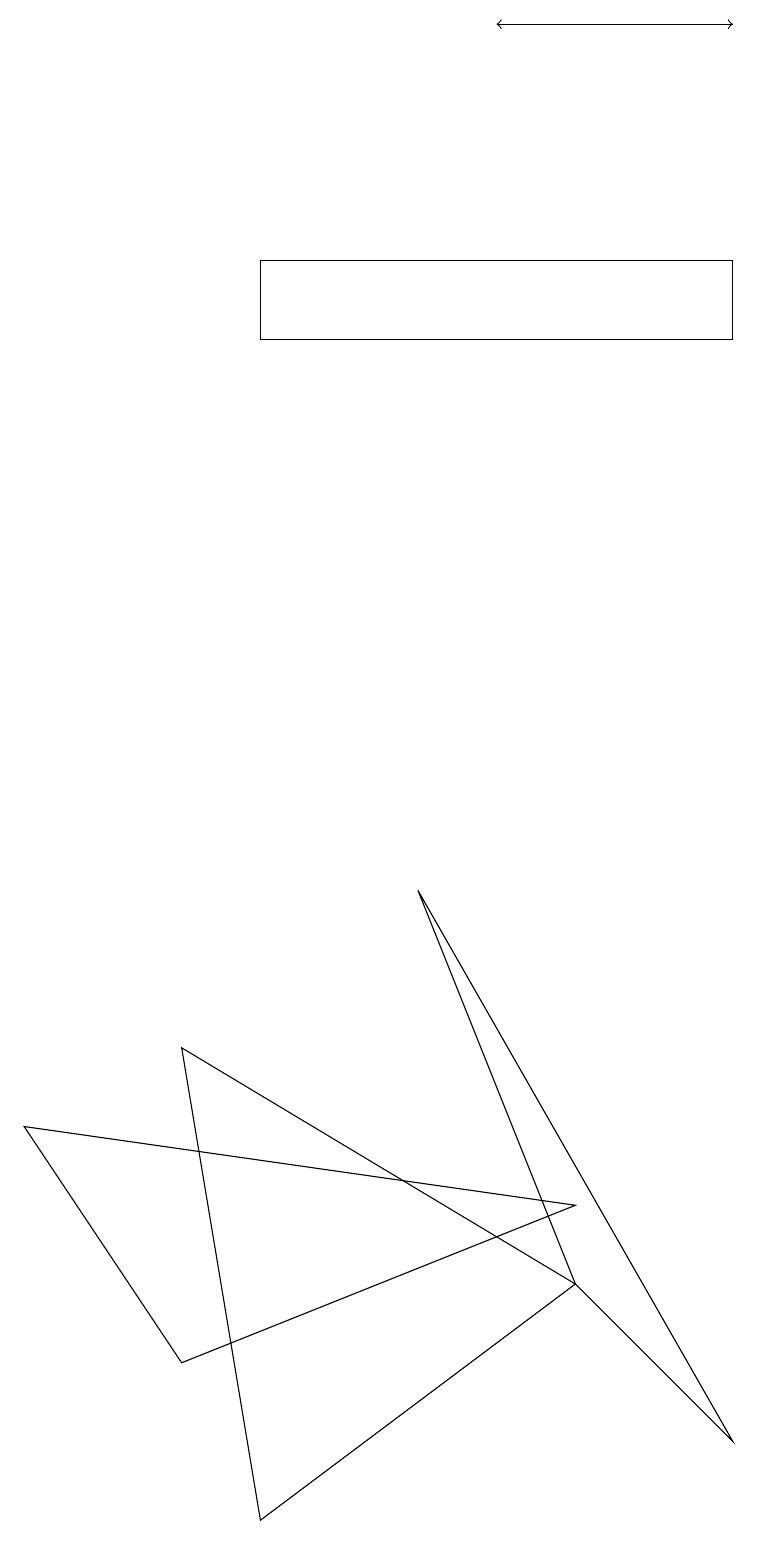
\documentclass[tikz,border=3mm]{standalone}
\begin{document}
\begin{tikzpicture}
\draw (3,16) rectangle (9,15);
\draw (7,3) -- (5,8) -- (9,1) -- cycle;
\draw[->] (7,19) -- (9,19);
\draw[->] (9,19) -- (6,19);
\draw (3,0) -- (2,6) -- (7,3) -- cycle;
\draw (2,2) -- (7,4) -- (0,5) -- cycle;
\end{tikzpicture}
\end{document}